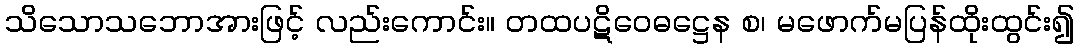
သိသောသဘောအားဖြင့် လည်းကောင်း။ တထပဋိဝေဓဋ္ဌေန စ၊ မဖောက်မပြန်ထိုးထွင်း၍